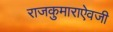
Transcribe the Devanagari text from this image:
राजकुमाराऐवजी